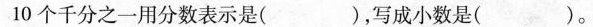
10个千分之一用分数表示是()，写成小数是()